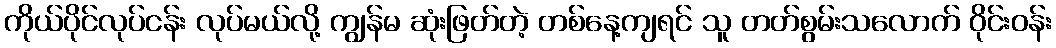
ကိုယ်ပိုင်လုပ်ငန်း လုပ်မယ်လို့ ကျွန်မ ဆုံးဖြတ်တဲ့ တစ်နေ့ကျရင် သူ တတ်စွမ်းသလောက် ဝိုင်းဝန်း